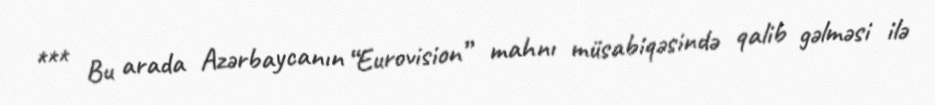
*** Bu arada Azərbaycanın “Eurovision” mahnı müsabiqəsində qalib gəlməsi ilə